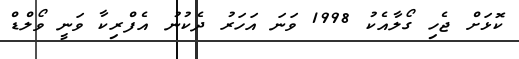
ކޮޅަށް ޖެހި ގޯލާއެކު 1998 ވަނަ އަހަރު ދެކުނު އެފްރިކާ ވަނީ ވޯލްޑް